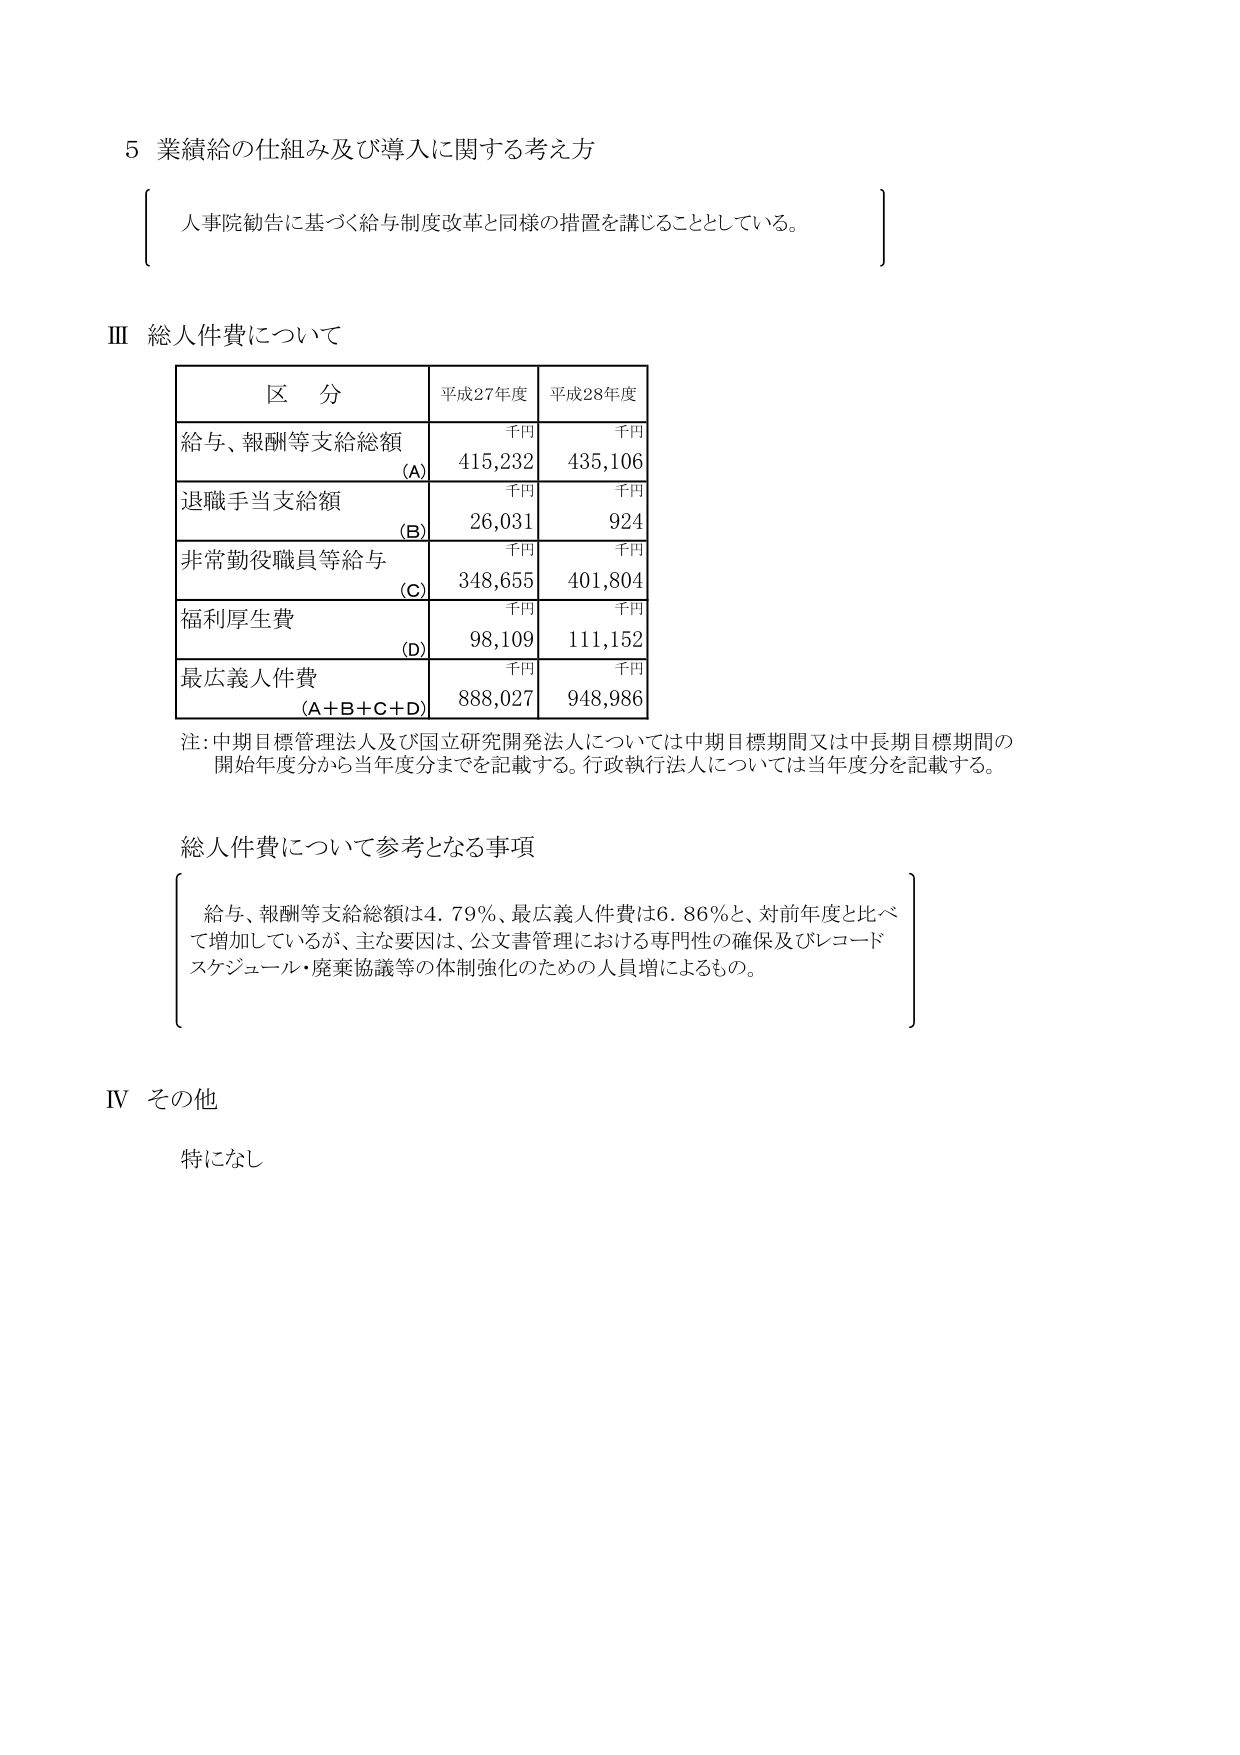
5 業績給の仕組み及び導入に関する考え方

人事院勧告に基づく給与制度改革と同様の措置を講じることとしている。

Ⅲ 総人件費について

区 分 平成27年度 平成28年度
給与、報酬等支給総額 千円 千円
(A) 415,232 435,106
退職手当支給額 千円 千円
(B) 26,031 924
非常勤役職員等給与 千円 千円
(C) 348,655 401,804
福利厚生費 千円 千円
(D) 98,109 111,152
最広義人件費 千円 千円
(A+B+C+D) 888,027 948,986

注：中期目標管理法人及び国立研究開発法人については中期目標期間又は中長期目標期間の
開始年度分から当年度分までを記載する。行政執行法人については当年度分を記載する。

総人件費について参考となる事項

給与、報酬等支給総額は4.79％、最広義人件費は6.86％と、対前年度と比べ
て増加しているが、主な要因は、公文書管理における専門性の確保及びレコード
スケジュール・廃棄協議等の体制強化のための人員増によるもの。

Ⅳ その他

特になし